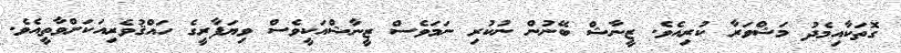
ގޮތަކާއިމެދު މަޝްވަރާ ކުރިއެވެ. ޒީނާޝް ބޭނުން ނުކުރި ނަމަވެސް ޒީނާޝްއަކީވެސް ވިޔަފާރީގެ ހައްޤުވެރިއަކަށްވާތީއެވެ.